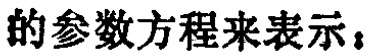
的参数方程来表示，